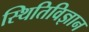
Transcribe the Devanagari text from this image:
स्थितिविज्ञान